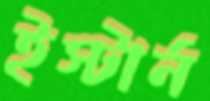
ইস্টার্ন